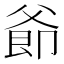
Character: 𪺜